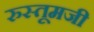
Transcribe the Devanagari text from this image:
रुस्तूमजी